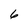
Character: 6